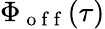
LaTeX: \Phi_{\mathrm{~o~f~f~}}(\tau)